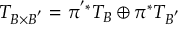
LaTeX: T _ { B \times B ^ { ' } } = \pi ^ { ' * } T _ { B } \oplus \pi ^ { * } T _ { B ^ { ' } }